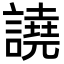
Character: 譊